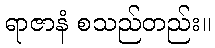
ရာဇာနံ စသည်တည်း။